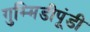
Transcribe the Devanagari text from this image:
गुम्मिडीपूंडी